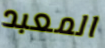
المعبد